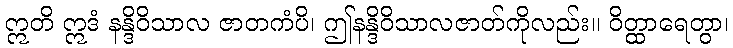
ဣတိ ဣဒံ နန္ဒိဝိသာလ ဇာတကံပိ၊ ဤနန္ဒိဝိသာလဇာတ်ကိုလည်း။ ဝိတ္ထာရေတွာ၊